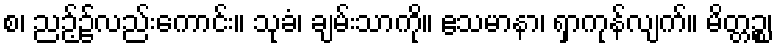
စ၊ ညဉ့်၌လည်းကောင်း။ သုခံ၊ ချမ်းသာကို။ ဧသမာနာ၊ ရှာကုန်လျက်။ မိတ္တဉ္စ၊